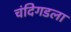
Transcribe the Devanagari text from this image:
चंदिगडला